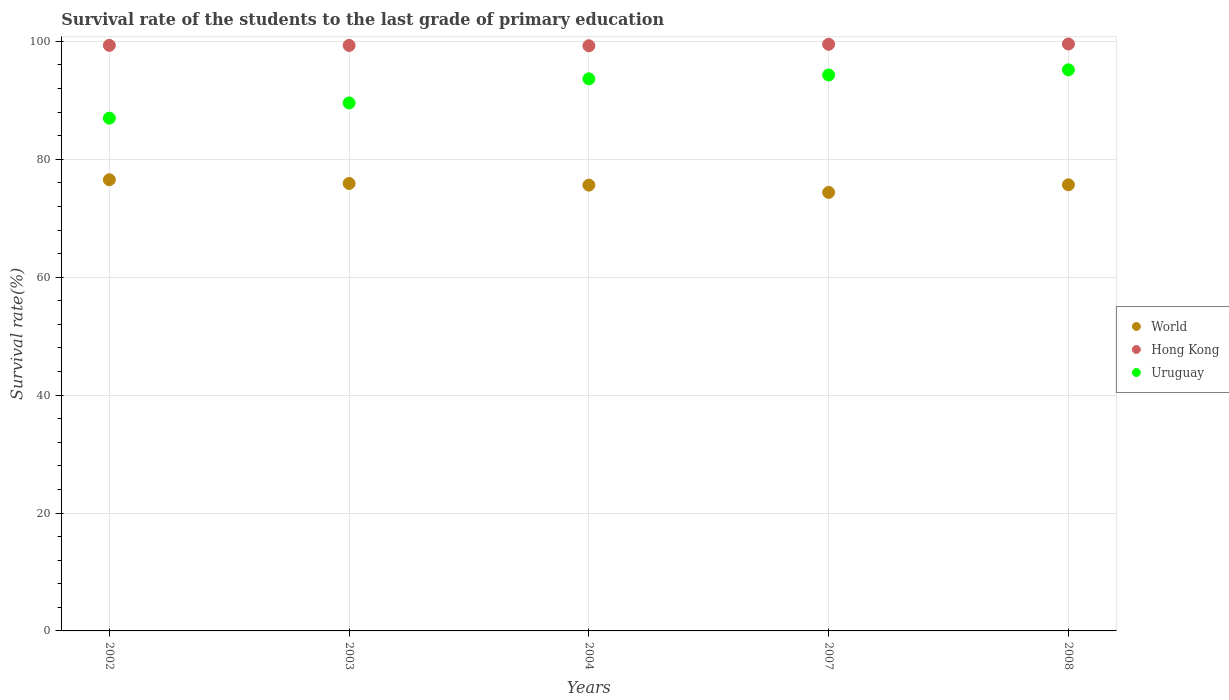
| Years | World | Hong Kong | Uruguay |
 | --- | --- | --- | --- |
 | 2002 | 76.5 | 99.3 | 87 |
 | 2003 | 75.9 | 99.3 | 89.6 |
 | 2004 | 75.6 | 99.3 | 93.7 |
 | 2007 | 74.4 | 99.5 | 94.3 |
 | 2008 | 75.7 | 99.6 | 95.2 |